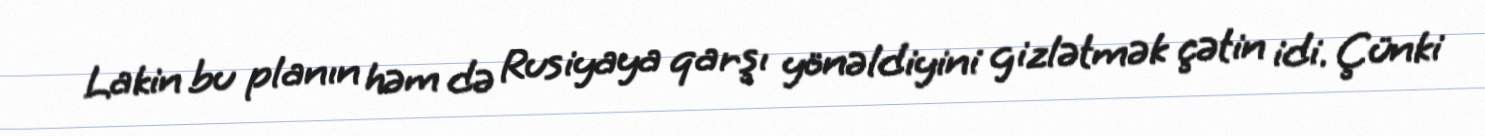
Lakin bu planın həm də Rusiyaya qarşı yönəldiyini gizlətmək çətin idi. Çünki